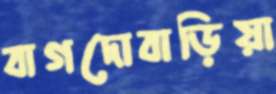
বাগদোবাড়িয়া